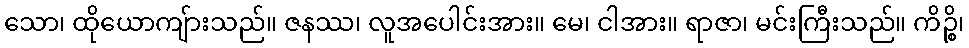
သော၊ ထိုယောကျ်ားသည်။ ဇနဿ၊ လူအပေါင်းအား။ မေ၊ ငါအား။ ရာဇာ၊ မင်းကြီးသည်။ ကိဉ္စိ၊